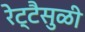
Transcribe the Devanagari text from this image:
रेट्टैसुळी